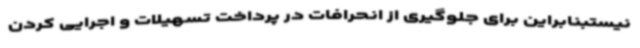
نیستبنابراین برای جلوگیری از انحرافات در پرداخت تسهیلات و اجرایی کردن